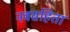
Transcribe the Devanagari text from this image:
नवसंहिता